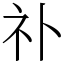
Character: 䃼